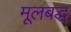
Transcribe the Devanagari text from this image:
मूलबद्ध